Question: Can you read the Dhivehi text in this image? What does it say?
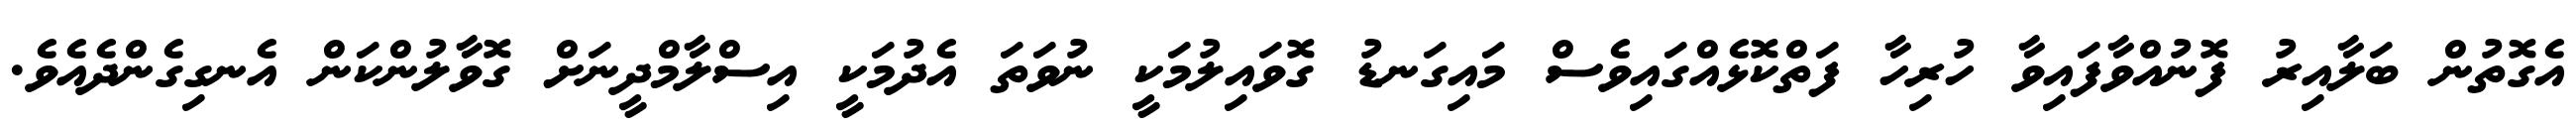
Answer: އެގޮތުން ބަލާއިރު ފޮނުއްވާފައިވާ ހުރިހާ ފަތްކޮޅެއްގައިވެސް މައިގަނޑު ގޮވައިލުމަކީ ނުވަތަ އެދުމަކީ އިސްލާމްދީނަށް ގޮވާލުންކަން އެނގިގެންދެއެވެ.